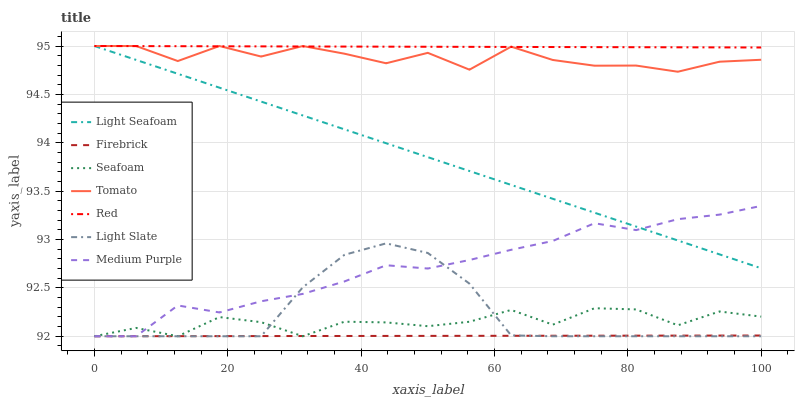
| xaxis_label | Light Seafoam | Firebrick | Seafoam | Tomato | Red | Light Slate | Medium Purple |
 | --- | --- | --- | --- | --- | --- | --- | --- |
 | 0 | 95 | 92 | 92 | 95 | 95 | 92 | 92 |
 | 6.25 | 94.9 | 92 | 92.1 | 95 | 95 | 92 | 92 |
 | 12.5 | 94.7 | 92 | 92 | 94.8 | 95 | 92 | 92.3 |
 | 18.8 | 94.6 | 92 | 92.2 | 95 | 95 | 92 | 92.2 |
 | 25 | 94.4 | 92 | 92.1 | 94.9 | 95 | 92 | 92.4 |
 | 31.2 | 94.3 | 92 | 92 | 95 | 95 | 92.5 | 92.4 |
 | 37.5 | 94.1 | 92 | 92.2 | 94.9 | 95 | 92.8 | 92.6 |
 | 43.8 | 94 | 92 | 92.1 | 94.8 | 95 | 93 | 92.7 |
 | 50 | 93.9 | 92 | 92.1 | 94.9 | 95 | 92.9 | 92.7 |
 | 56.2 | 93.7 | 92 | 92.1 | 94.8 | 95 | 92.5 | 92.8 |
 | 62.5 | 93.6 | 92 | 92.3 | 95 | 95 | 92 | 92.9 |
 | 68.8 | 93.4 | 92 | 92.1 | 94.9 | 95 | 92 | 93 |
 | 75 | 93.3 | 92 | 92.3 | 94.8 | 95 | 92 | 93.2 |
 | 81.2 | 93.1 | 92 | 92.3 | 94.8 | 95 | 92 | 93.1 |
 | 87.5 | 93 | 92 | 92.1 | 94.7 | 95 | 92 | 93.2 |
 | 93.8 | 92.8 | 92 | 92.3 | 94.8 | 95 | 92 | 93.3 |
 | 100 | 92.7 | 92 | 92.2 | 94.9 | 95 | 92 | 93.3 |